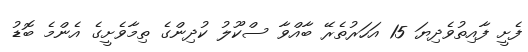
ފެށީ ފާއިތުވެދިޔަ 15 އަހަރުތެރޭ ބާއްވާ ސްކޫލު ކުދިންގެ ތިމާވެށީގެ އެންމެ ބޮޑު